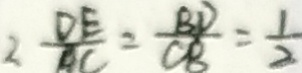
2 . \frac { D E } { A C } = \frac { B D } { C B } = \frac { 1 } { 2 }